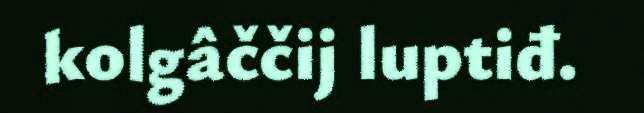
kolgâččij luptiđ.